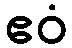
ဧဝံ